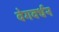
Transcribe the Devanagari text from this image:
वेगवर्धन